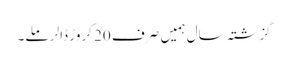
گزشتہ سال ہمیں صرف 20 کروڑ ڈالر ملے۔